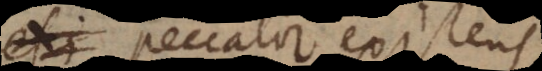
peccator existens